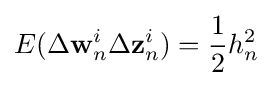
E(\Delta \mathbf {w} _{n}^{i}\Delta \mathbf {z} _{n}^{i})={\frac {1}{2}}h_{n}^{2}